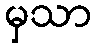
မှသာ